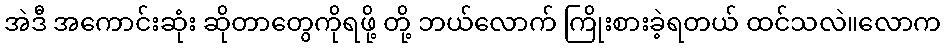
အဲဒီ အကောင်းဆုံး ဆိုတာတွေကိုရဖို့ တို့ ဘယ်လောက် ကြိုးစားခဲ့ရတယ် ထင်သလဲ။လောက